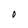
Character: O